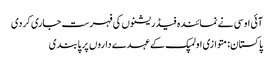
آئی او سی نے نمائندہ فیڈریشنوں کی فہرست جاری کردی
پاکستان: متوازی اولمپک کے عہدے داروں پر پابندی